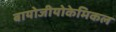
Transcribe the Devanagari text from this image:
बायोजीयोकेमिकल